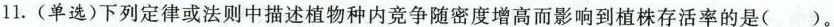
11.(单选)下列定律或法则中描述植物种内竞争随密度增高而影响到植株存活率的是()。